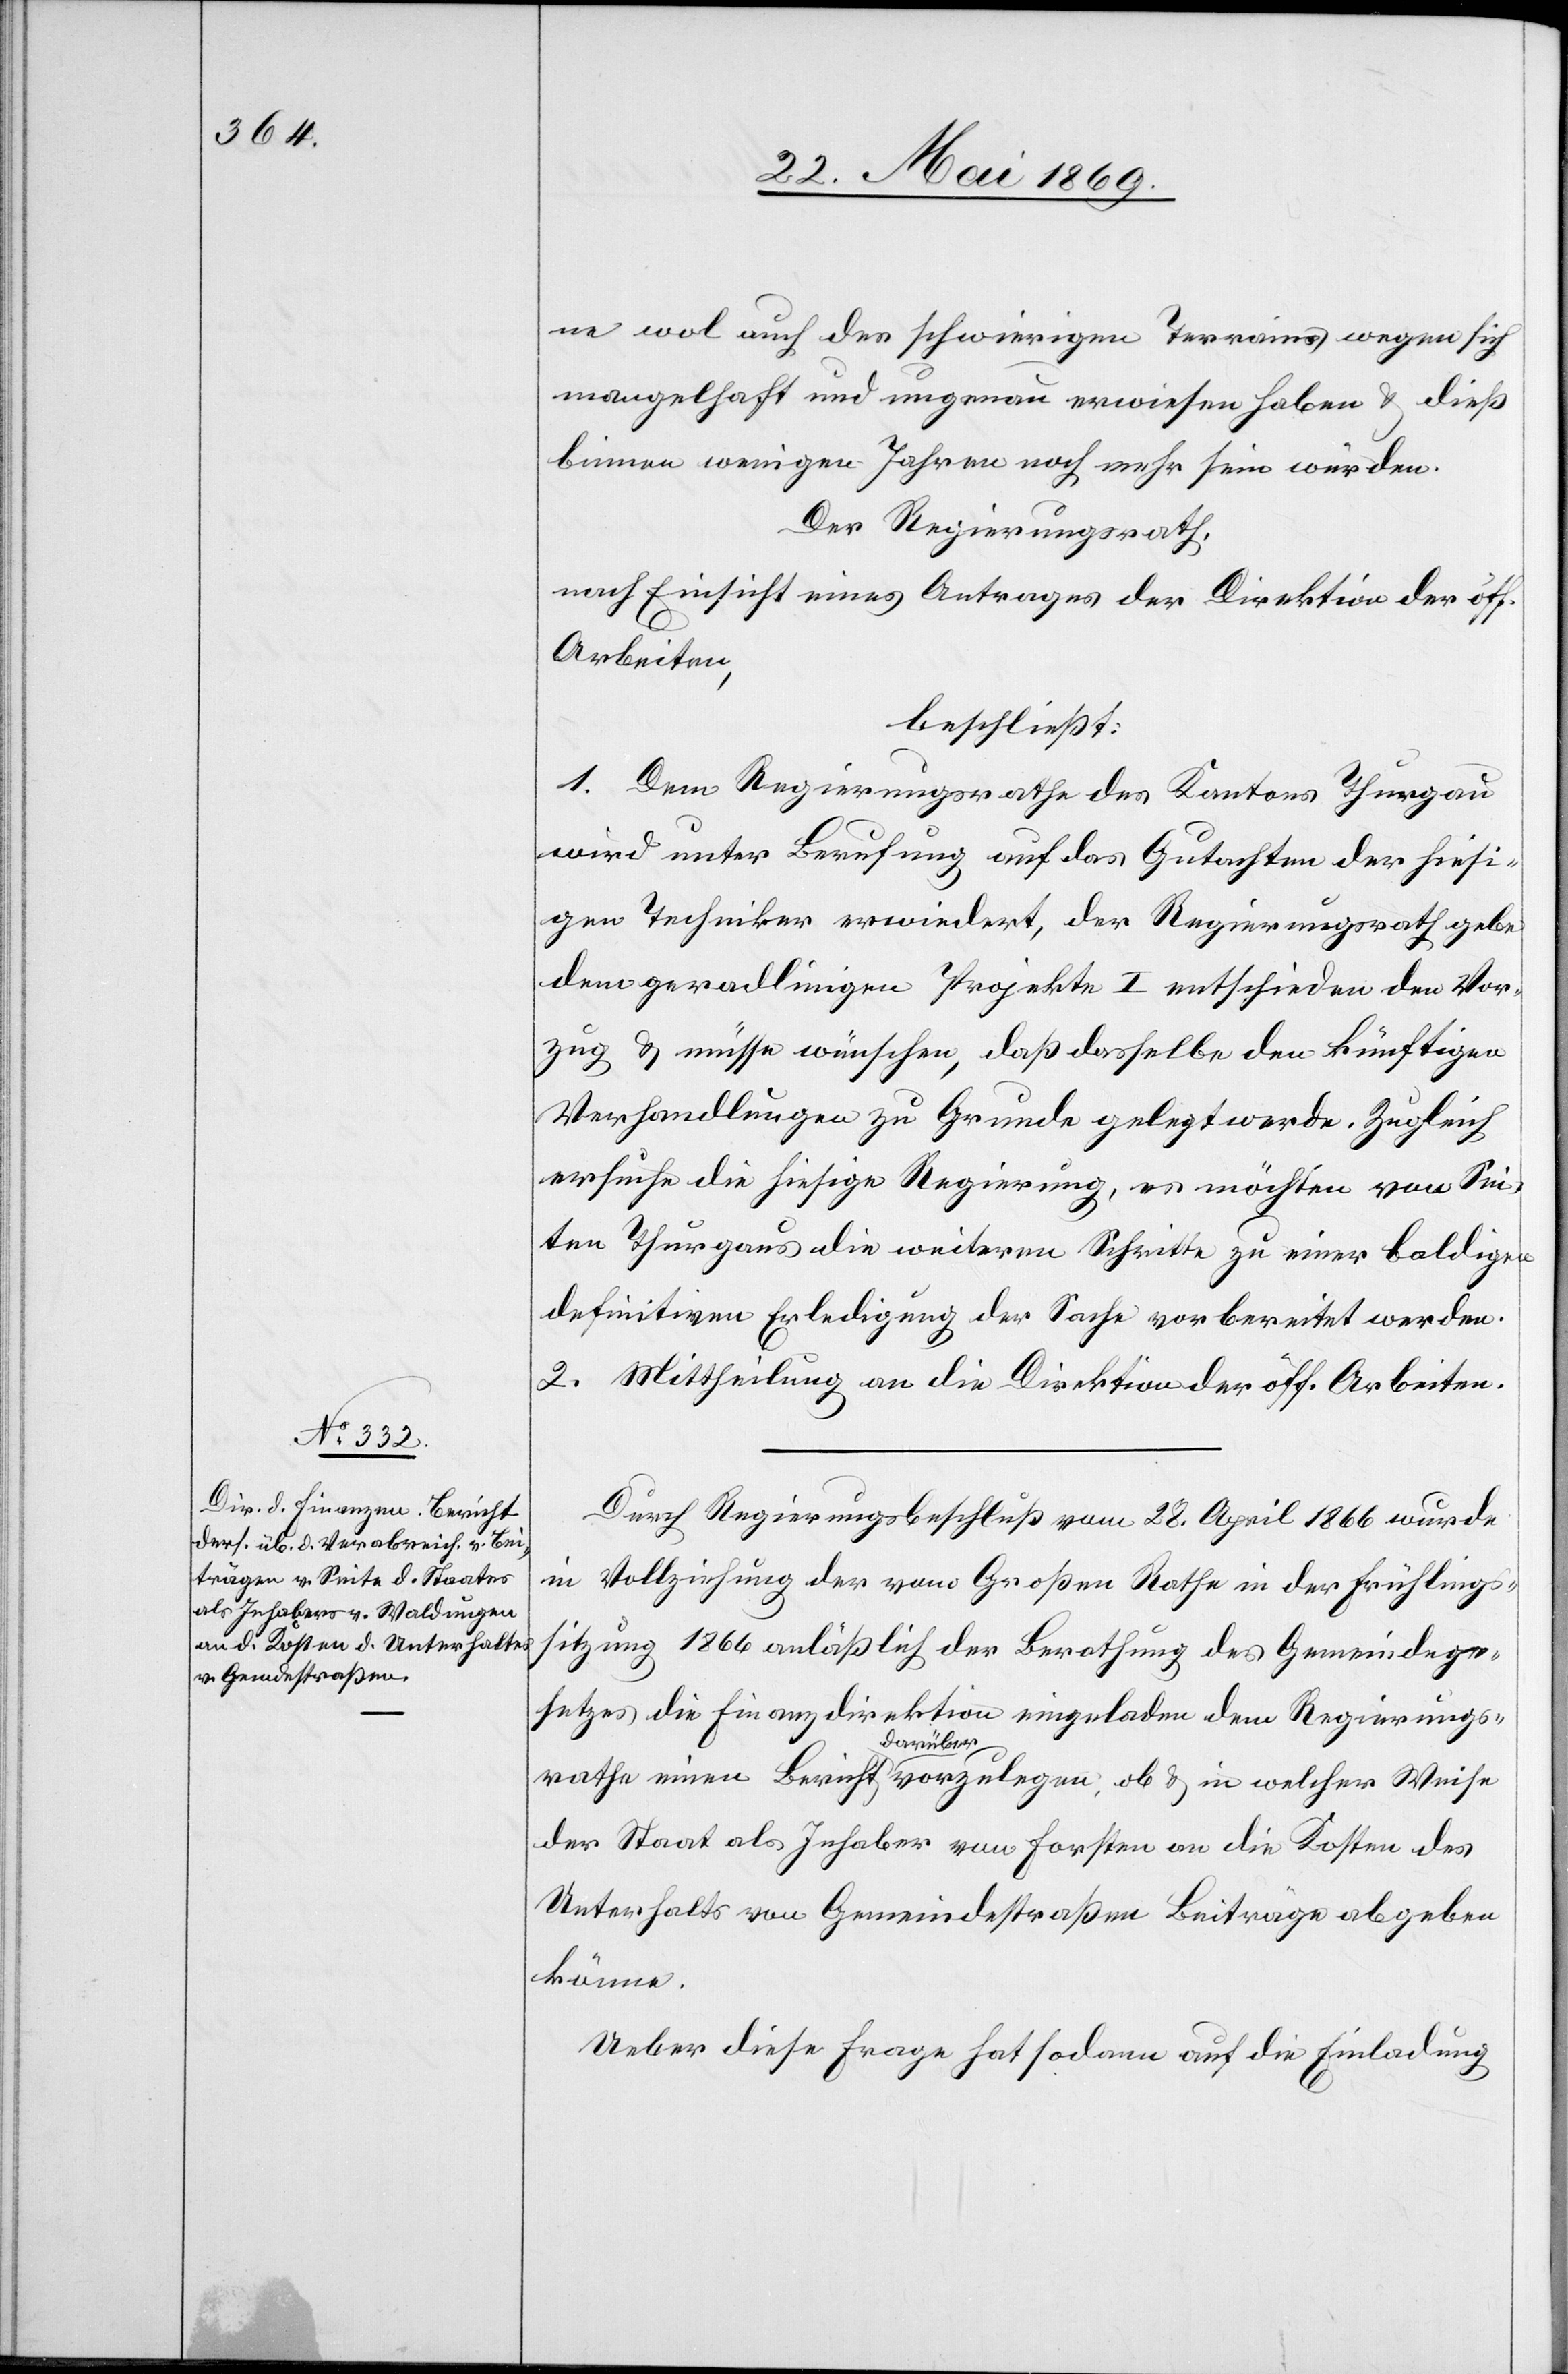
ne wol auch des schwierigen Terrains wegen sich
mangelhaft und ungenau erwiesen haben u. dieß
binnen wenigen Jahren noch mehr sein würden.
Der Regierungsrath,
nach Einsicht eines Antrages der Direktion der öff.
Arbeiten,
beschließt:
1. Dem Regierungsrathe des Kantons Thurgau
wird unter Berufung auf das Gutachten der hiesi¬
gen Techniker erwiedert, der Regierungsrath gebe
dem geradlinigen Projekte I entschieden den Vor¬
zug u. müsse wünschen, daß dasselbe den künftigen
Verhandlungen zu Grunde gelegt werde. Zugleich
ersuche die hiesige Regierung, es möchten von Sei¬
ten Thugaus die weitern Schritte zu einer baldigen
definitiven Erledigung der Sache vorbereitet werden.
2. Mittheilung an die Direktion der öff. Arbeiten.
Durch Regierungsbeschluß vom 28 April 1866 wurde
in Vollziehung der vom Großen Rathe in der Frühlings¬
sitzung 1866 anläßlich der Berathung des Gemeindege¬
setzes die Finanzdirektion eingeladen dem Regierungs¬
rathe einen Bericht darüber vorzulegen, ob u. in welcher Weise
der Staat als Inhaber von Forsten an die Kosten des
Unterhaltes von Gemeindestraßen Beiträge abgeben
könne.
Ueber diese Frage hat sodann auf die Einladung